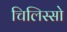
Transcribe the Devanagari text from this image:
चिलिस्सो